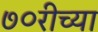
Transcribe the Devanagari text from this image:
७०रीच्या